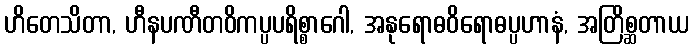
ဟိတေသိတာ, ဟီနပဏီတဝိကပ္ပပရိစ္စာဂေါ, အနုရောဓဝိရောဓပ္ပဟာနံ, အတြိစ္ဆတာယ